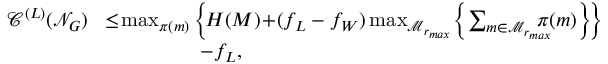
\begin{array} { r l } { \mathscr { C } ^ { ( L ) } ( \mathcal { N } _ { G } ) \! } & { \leq \! \operatorname* { m a x } _ { \pi ( m ) } \left\{ \! H ( M ) \! + \! ( f _ { L } - f _ { W } ) \operatorname* { m a x } _ { \mathcal { M } _ { r _ { m a x } } } \! \left\{ \sum _ { m \in \mathcal { M } _ { r _ { m a x } } } \! \! \! \! \! \! \pi ( m ) \right\} \! \right\} } \\ & { ~ ~ ~ ~ ~ ~ ~ ~ ~ ~ ~ ~ ~ ~ - f _ { L } , } \end{array}